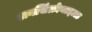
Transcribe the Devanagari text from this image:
अनसिंक्रोनाइज़ड